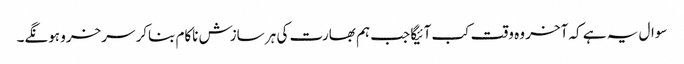
سوال یہ ہے کہ آخر وہ وقت کب آئیگا جب ہم بھارت کی ہر سازش ناکام بناکر سرخرو ہونگے۔